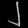
Digit: ၂